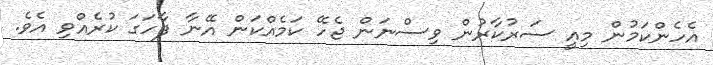
އެހެންކަމުން މިއީ ސަރުކާރުން ވިސްނަން ޖެހޭ ކަމެއްކަން އޭނާ ފާހަގަ ކުރެއްވި އެވެ.